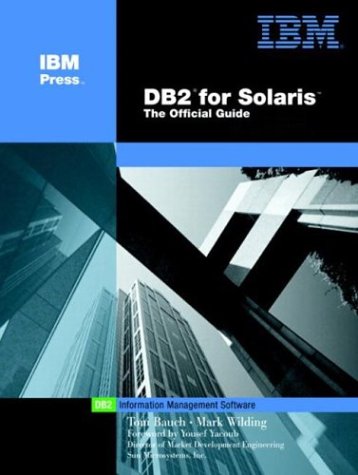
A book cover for DB2 for Solaris: The Official Guide (IBM Press Series--Information Management); Thomas Bauch; Computers & Technology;